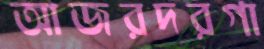
আজরদরগা